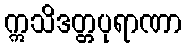
ဣသိဒတ္တပုရာဏာ